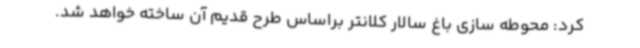
کرد: محوطه سازی باغ سالار کلانتر براساس طرح قدیم آن ساخته خواهد شد.